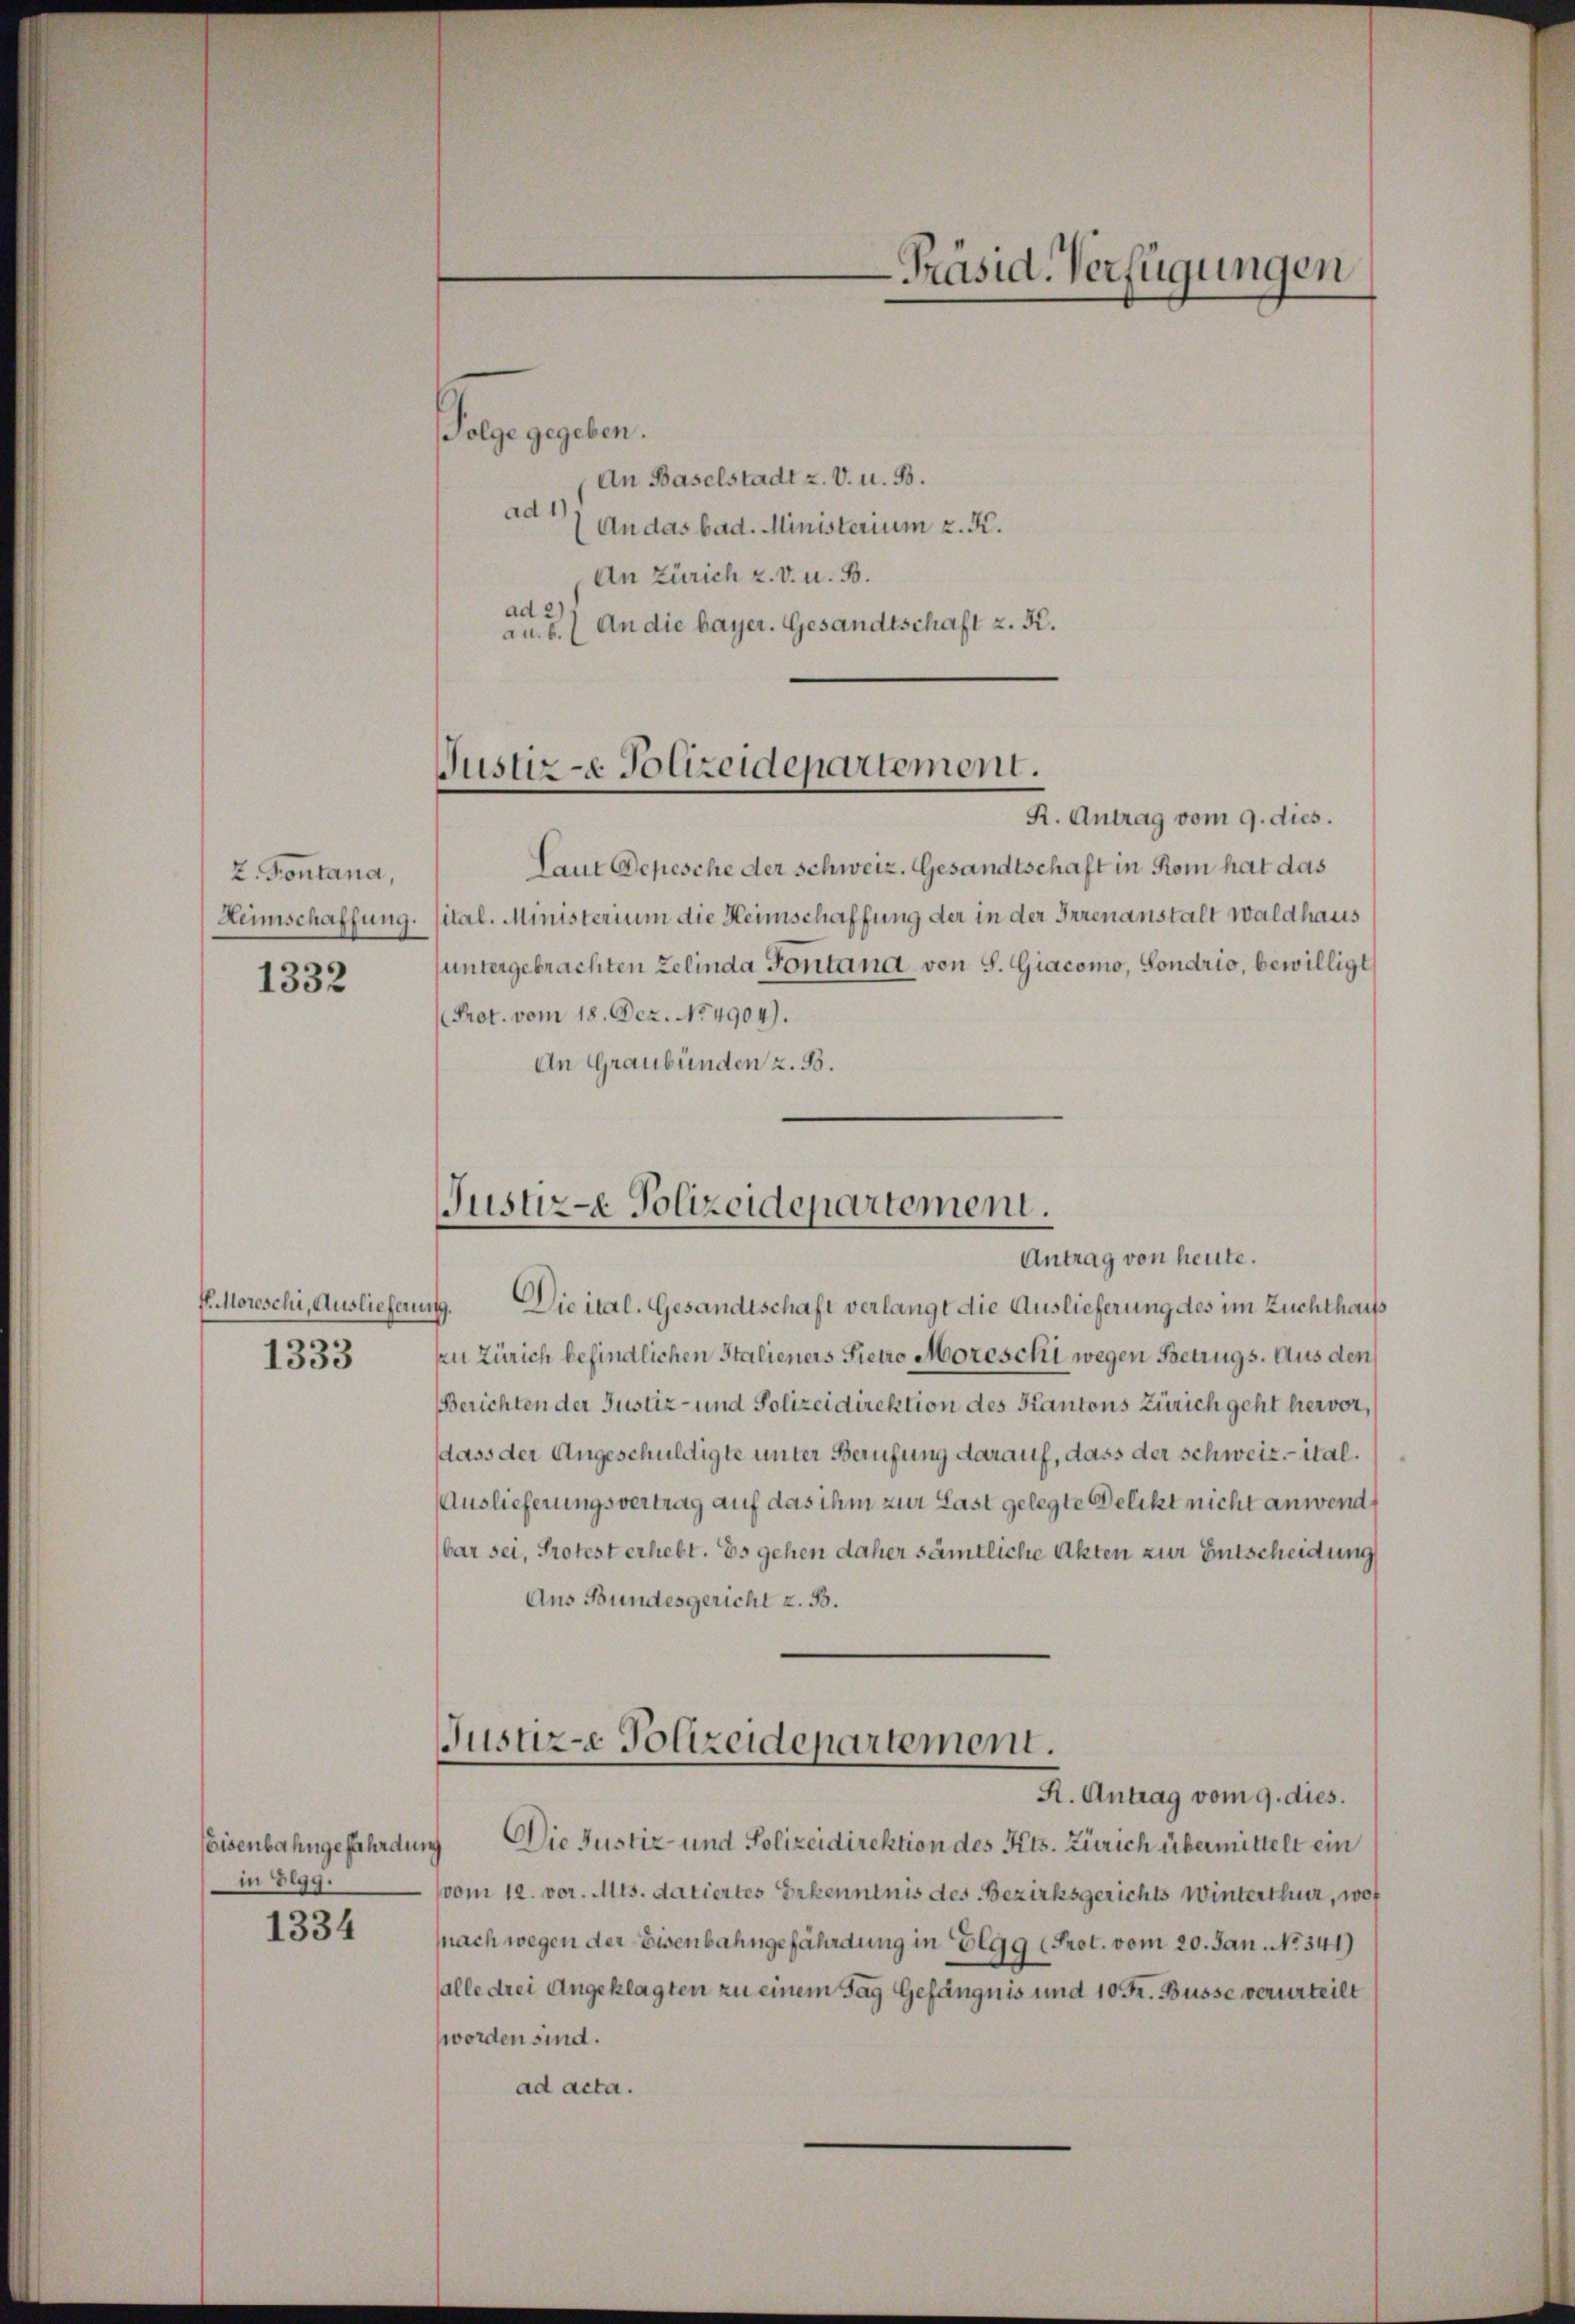
2. Fontana,

1332

E. Moreschi, Ausliefern
1333

eisenbahngefährdun
in Elgg.

1334

Folge gegeben.
An Baselstadt z. V. u. B.
ad1),
An das bad. Ministerium z. K.
An Zürich 2. v. u. B.
ad 2)
au. 6. An die bayer. Gesandtschaft z. K.

Justiz-e Polizeidepartement.

R. Antrag vom 9. dies.
Laut Depesche der Schweiz. Gesandtschaft in Rom hat das
Heimschaffung. sital. Ministerium die Heimschaffung der in der Irrenanstalt Waldhaus
untergebrachten Zelinda Fontana, von S. Giacomo, Sondrio, bewilligt
Prot. vom 18. Dez. No. 4904).
An Graubünden z. B.

Justiz-e Polizeidepartement.
Antrag von heute.

-Präsid. Verfügungen

.
Die ital. Gesandtschaft verlangt die Auslieferung des im Zuchthaus
zu Zürich befindlichen Stalieners Pietro Moreschi wegen Betrugs. Aus den
Berichten der Justiz- und Polizeidirektion des Kantons Zürich geht hervor,
dass der Angeschuldigte unter Berufung darauf, dass der Schweiz.- ital.
Auslieferungsvertrag auf das ihm zur Last gelegte Delikt nicht anwend
bar sei, Protest erhebt. Es gehen daher sämtliche Akten zur Entscheidung
Aus Bundesgericht z. B.
Justiz-e Polizeidepartement.
R. Antrag vom 9. dies.
Die Justiz- und Polizeidirektion des Kts. Zürich übermittelt ein
g
vom 12. vor. Mts. datiertes Erkenntnis des Bezirksgerichts Winterthur, wof
(nach wegen der Eisenbahngefährdung in Elgg (Prot. vom 20. Jan. No. 341)
(alle drei Angeklagten zu einem Tag Gefängnis und 10 Fr. Busse verurteilt
worden sind.
ad acta.